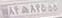
۸۴ه۸۴۵۵۵